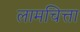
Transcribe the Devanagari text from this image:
लामचित्ता